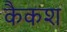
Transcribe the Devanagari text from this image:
कैकश